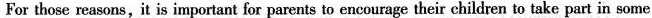
For those reasons,it is important for parents to encourage their children to take part in some